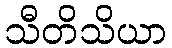
သီတိသိယာ